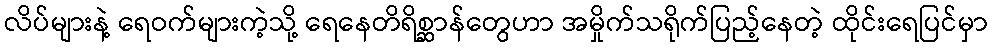
လိပ်များနဲ့ ရေဝက်များကဲ့သို့ ရေနေတိရိစ္ဆာန်တွေဟာ အမှိုက်သရိုက်ပြည့်နေတဲ့ ထိုင်းရေပြင်မှာ